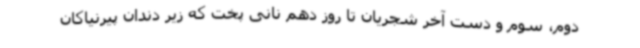
دوم، سوم و دست‌ آخر شجریان تا روز دهم نانی پخت که زیر دندان پیرنیاکان